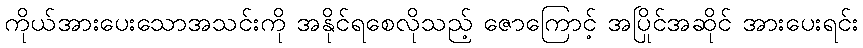
ကိုယ်အားပေးသောအသင်းကို အနိုင်ရစေလိုသည့် ဇောကြောင့် အပြိုင်အဆိုင် အားပေးရင်း